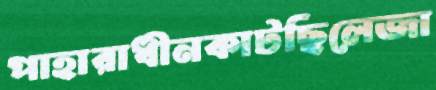
পাহারাধীনকাটছিলেজা